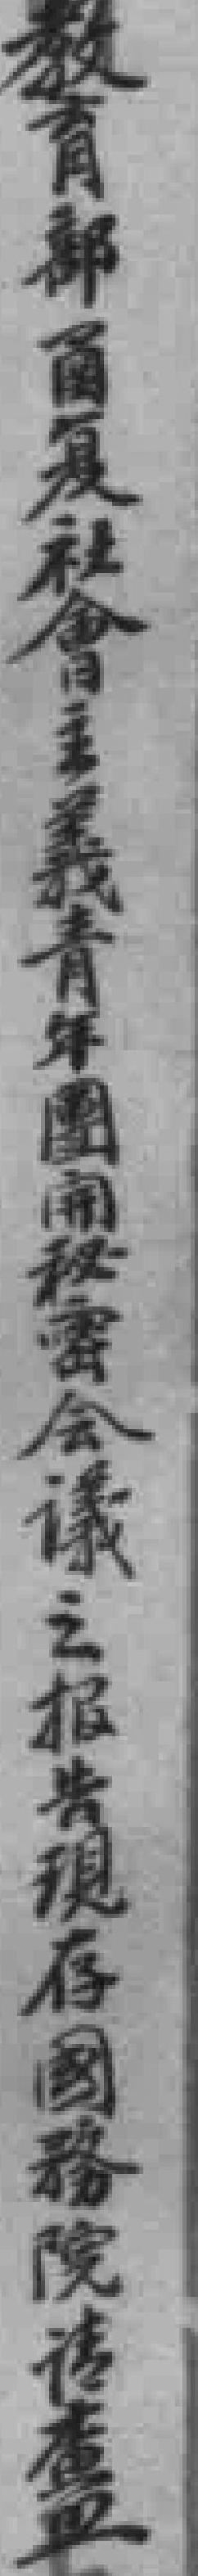
教育部圅复社會主義青年團開秘密会議之报共現存國務院请查*